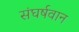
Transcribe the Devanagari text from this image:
संघर्षवान